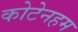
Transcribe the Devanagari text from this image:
कोटेनहम